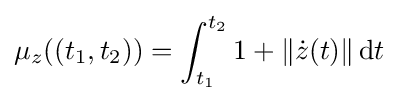
\mu _{z}((t_{1},t_{2}))=\int _{t_{1}}^{t_{2}}1+\|{\dot {z}}(t)\|\,\mathrm {d} t